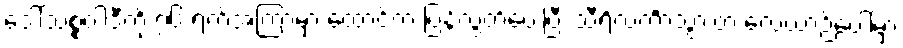
ဒေါ်သစ္စဝါဒီကို ၇၆ ရက်အကြာမှာ ထောင်က ပြန်လွှတ်ပေးပြီး သီရိလင်္ကာသွားတဲ့ လေယာဉ်ပေါ်မှာ